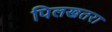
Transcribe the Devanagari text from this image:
पिलखतरा